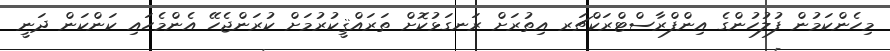
މިހެންކަމުން ފުލުހުންގެ އިންފްރާސްޓްރަކްޗަރ އިތުރަށް ރަނގަޅުކޮށް ތަރައްޤީކުރުމަށް ކުރަންޖެހޭ އެންމެހައި ކަންކަން ދަނީ